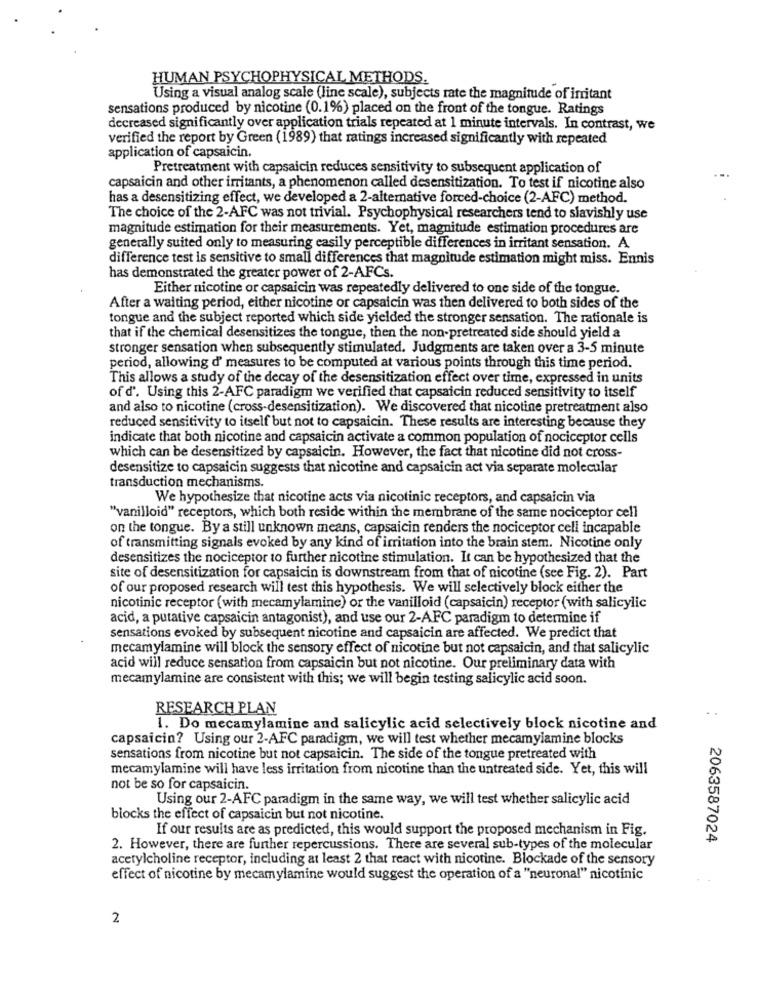
HUMAN PSYCHOPHYSICAL METHODS.
Using a visual analog scale (line scale), subjects rate the magnitude of irritant
sensations produced by nicotine (0.1%) placed on the front of the tongue. Ratings
decreased significantly over application trials repeated at 1 minute intervals. In contrast, we
verified the report by Green (1989) that ratings increased significantly with repeated
application of capsaicin.
Pretreatment with capsaicin reduces sensitivity to subsequent application of
capsaicin and other irritants, a phenomenon called desensitization. To test if nicotine also
has a desensitizing effect, we developed a 2-alternative forced-choice (2-AFC) method.
The choice of the 2-AFC was not trivial. Psychophysical researchers tend to slavishly use
magnitude estimation for their measurements. Yet, magnitude estimation procedures are
generally suited only to measuring easily perceptible differences in irritant sensation. A
difference test is sensitive to small differences that magnitude estimation might miss. Ennis
has demonstrated the greater power of 2-AFCs.
Either nicotine or capsaicin was repeatedly delivered to one side of the tongue.
After a waiting period, either nicotine or capsaicin was then delivered to both sides of the
tongue and the subject reported which side yielded the stronger sensation. The rationale is
that if the chemical desensitizes the tongue, then the non-pretreated side should yield a
stronger sensation when subsequently stimulated. Judgments are taken over a 3-5 minute
period, allowing d' measures to be computed at various points through this time period.
This allows a study of the decay of the desensitization effect over time, expressed in units
of d'. Using this 2-AFC paradigm we verified that capsaicin reduced sensitivity to itself
and also to nicotine (cross-desensitization). We discovered that nicotine pretreatment also
reduced sensitivity to itself but not to capsaicin. These results are interesting because they
indicate that both nicotine and capsaicin activate a common population of nociceptor cells
which can be desensitized by capsaicin. However, the fact that nicotine did not cross-
desensitize to capsaicin suggests that nicotine and capsaicin act via separate molecular
transduction mechanisms.
We hypothesize that nicotine acts via nicotinic receptors, and capsaicin via
"vanilloid" receptors, which both reside within the membrane of the same nociceptor cell
on the tongue. By a still unknown means, capsaicin renders the nociceptor cell incapable
of transmitting signals evoked by any kind of irritation into the brain stem. Nicotine only
desensitizes the nociceptor to further nicotine stimulation. It can be hypothesized that the
site of desensitization for capsaicin is downstream from that of nicotine (see Fig. 2). Part
of our proposed research will test this hypothesis. We will selectively block either the
nicotinic receptor (with mecamylamine) or the vanilloid (capsaicin) receptor (with salicylic
acid, a putative capsaicin antagonist), and use our 2-AFC paradigm to determine if
sensations evoked by subsequent nicotine and capsaicin are affected. We predict that
mecamylamine will block the sensory effect of nicotine but not capsaicin, and that salicylic
acid will reduce sensation from capsaicin but not nicotine. Our preliminary data with
mecamylamine are consistent with this; we will begin testing salicylic acid soon.
RESEARCH PLAN
1. Do mecamylamine and salicylic acid selectively block nicotine and
capsaicin? Using our 2-AFC paradigm, we will test whether mecamylamine blocks
sensations from nicotine but not capsaicin. The side of the tongue pretreated with
mecamylamine will have less irritation from nicotine than the untreated side. Yet, this will
not be so for capsaicin.
Using our 2-AFC paradigm in the same way, we will test whether salicylic acid
blocks the effect of capsaicin but not nicotine.
If our results are as predicted, this would support the proposed mechanism in Fig.
2063587024
2. However, there are further repercussions. There are several sub-types of the molecular
acetylcholine receptor, including at least 2 that react with nicotine. Blockade of the sensory
effect of nicotine by mecamylamine would suggest the operation of a "neuronal" nicotinic
2